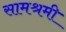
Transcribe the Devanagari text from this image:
सामश्रमी